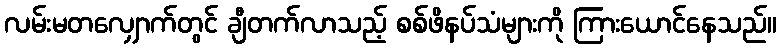
လမ်းမတလျှောက်တွင် ချီတက်လာသည့် စစ်ဖိနပ်သံများကို ကြားယောင်နေသည်။